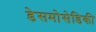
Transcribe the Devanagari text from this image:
डेसमोसेडिकी